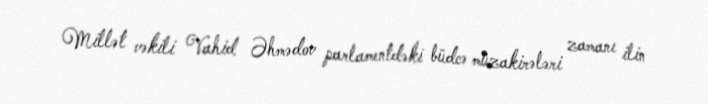
Millət vəkili Vahid Əhmədov parlamentdəki büdcə müzakirələri zamanı ilin